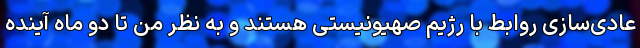
عادی‌سازی روابط با رژیم صهیونیستی هستند و به نظر من تا دو ماه آینده